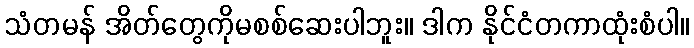
သံတမန် အိတ်တွေကိုမစစ်ဆေးပါဘူး။ ဒါက နိုင်ငံတကာထုံးစံပါ။